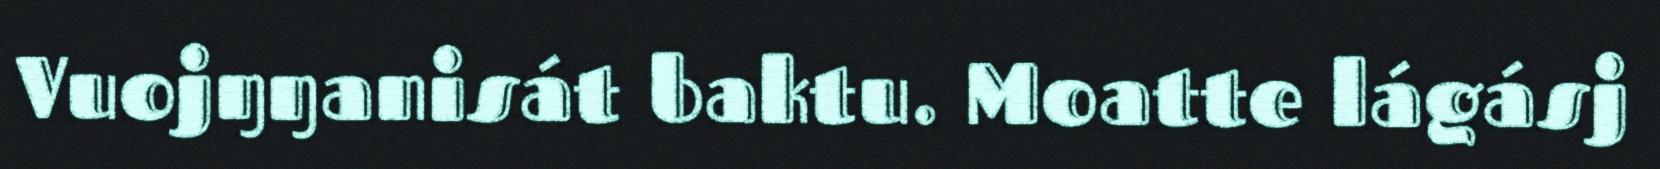
Vuojŋŋanisát baktu. Moatte lágásj